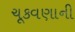
ચૂકવણાની